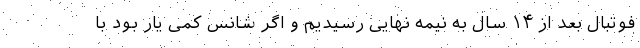
فوتبال بعد از ۱۴ سال به نیمه نهایی رسیدیم و اگر شانس کمی یار بود با